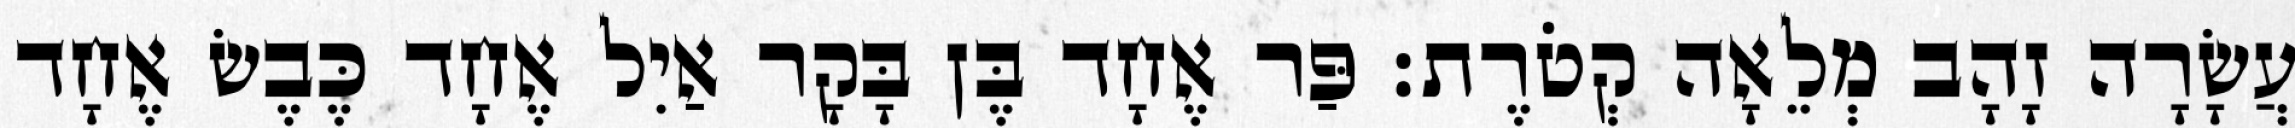
עֲשָׂרָה זָהָב מְלֵאָה קְטֹרֶת׃ פַּר אֶחָד בֶּן בָּקָר אַיִל אֶחָד כֶּבֶשׂ אֶחָד